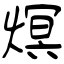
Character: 熐